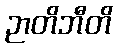
ဉာတိဘီတိ